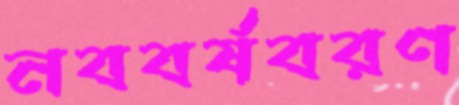
নববর্ষবরণ